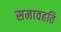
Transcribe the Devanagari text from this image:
समावहति